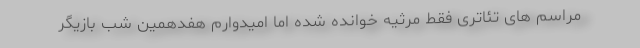
مراسم های تئاتری فقط مرثیه خوانده شده اما امیدوارم هفدهمین شب بازیگر